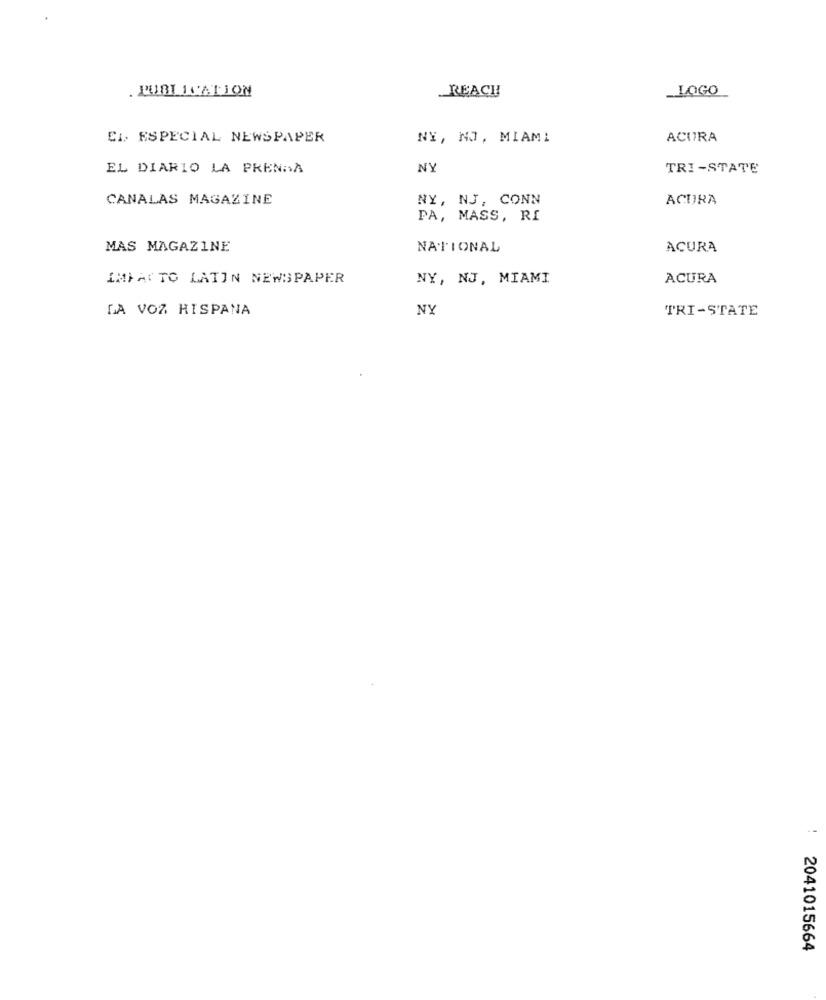
. PUBLICATION
REACH
_LOGO
EL ESPECIAL NEWSPAPER
NY, NO, MIAMI
ACURA
EL DIARIO LA PRENDA
NY
TRI-STATE
CANALAS MAGAZINE
NY, NJ, CONN
ACURA
PA, MASS, RI
MAS MAGAZINE
NATIONAL
ACURA
IMPACTO LATIN NEWSPAPER
NY, NJ, MIAMI
ACURA
LA VOZ HISPANA
NY
TRI-STATE
2041015664